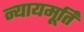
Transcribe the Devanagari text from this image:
न्‍यायमूर्ति